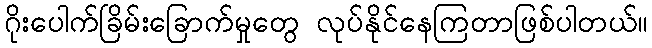
ဂိုးပေါက်ခြိမ်းခြောက်မှုတွေ လုပ်နိုင်နေကြတာဖြစ်ပါတယ်။